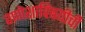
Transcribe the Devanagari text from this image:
गणेशाविषयीची